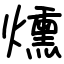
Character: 燻